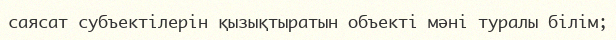
саясат субъектілерін қызықтыратын объекті мәні туралы білім;